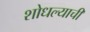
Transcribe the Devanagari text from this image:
शोधल्याची